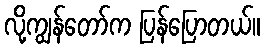
လို့ကျွန်တော်က ပြန်ပြောတယ်။